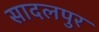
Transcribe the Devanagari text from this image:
सादलपुर